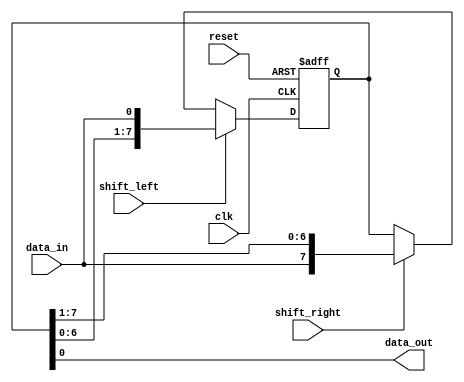
module bidirectional_shift_register (
    input wire clk,
    input wire reset,
    input wire shift_left,
    input wire shift_right,
    input wire data_in,
    output reg data_out
);

reg [7:0] reg_data; // 8-bit bidirectional shift register

always @(posedge clk or posedge reset) begin
    if (reset) begin
        reg_data <= 8'b0;
    end else begin
        if (shift_left) begin
            reg_data <= {reg_data[6:0], data_in};
        end else if (shift_right) begin
            reg_data <= {data_in, reg_data[7:1]};
        end
    end
end

assign data_out = reg_data[0];

endmodule